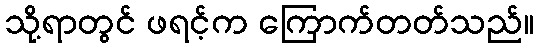
သို့ရာတွင် ဖရင့်က ကြောက်တတ်သည်။